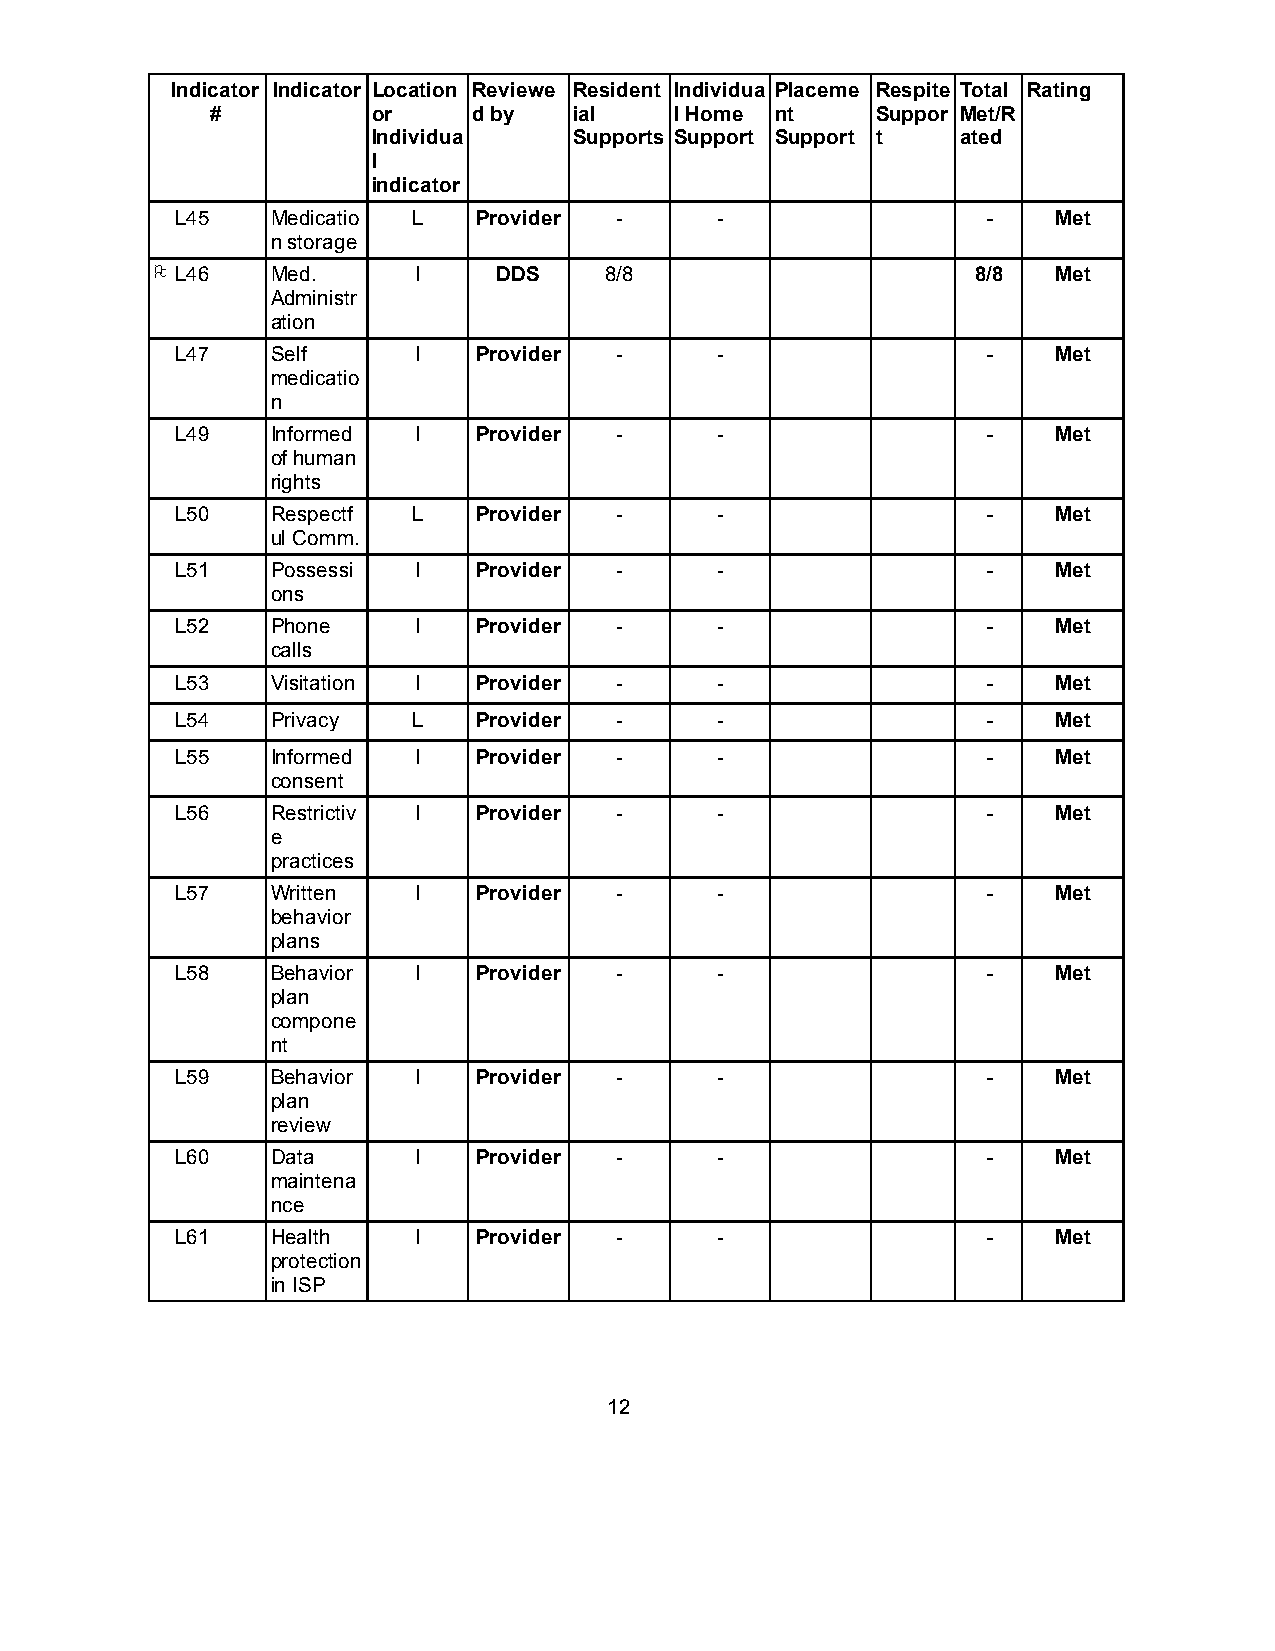
Indicator Indicator Location Reviewe Resident Individua Placeme Respite Total Rating
 #          or    d by   ial    l Home nt    Suppor Met/R
 Individua    Supports Support Support t ated
 l
 indicator
 L45   Medicatio L   Provider -     -                 -    Met
 n storage
 O L46  Med.     I     DDS    8/8                      8/8  Met
 Administr
 ation
 L47   Self     I    Provider -     -                 -    Met
 medicatio
 n
 L49   Informed I    Provider -     -                 -    Met
 of human
 rights
 L50   Respectf L    Provider -     -                 -    Met
 ul Comm.
 L51   Possessi I    Provider -     -                 -    Met
 ons
 L52   Phone    I    Provider -     -                 -    Met
 calls
 L53   Visitation I  Provider -     -                 -    Met
 L54   Privacy  L    Provider -     -                 -    Met
 L55   Informed I    Provider -     -                 -    Met
 consent
 L56   Restrictiv I  Provider -     -                 -    Met
 e
 practices
 L57   Written  I    Provider -     -                 -    Met
 behavior
 plans
 L58   Behavior I    Provider -     -                 -    Met
 plan
 compone
 nt
 L59   Behavior I    Provider -     -                 -    Met
 plan
 review
 L60   Data     I    Provider -     -                 -    Met
 maintena
 nce
 L61   Health   I    Provider -     -                 -    Met
 protection
 in ISP
 12